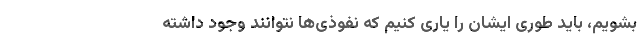
بشویم، باید طوری ایشان را یاری کنیم که نفوذی‌ها نتوانند وجود داشته